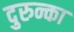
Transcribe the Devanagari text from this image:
दुरुन्का